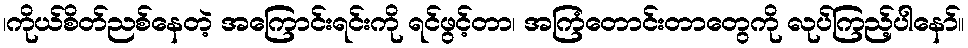
၊ကိုယ်စိတ်ညစ်နေတဲ့ အကြောင်းရင်းကို ရင်ဖွင့်တာ၊ အကြံတောင်းတာတွေကို လုပ်ကြည့်ပါနော်။